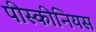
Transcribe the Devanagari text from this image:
पीस्कीनियस